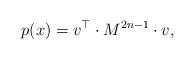
LaTeX: \begin{align*} p(x) = v_{}^\top \cdot M^{2n-1} \cdot v_{}, \end{align*}